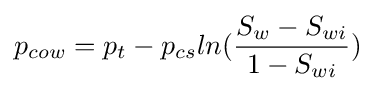
p_{cow}=p_{t}-p_{cs}ln({\frac {S_{w}-S_{wi}}{1-S_{wi}}})